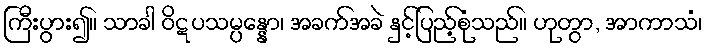
ကြီးပွား၍။ သာခါ ဝိဋပသမ္ပန္နော၊ အခက်အခဲ နှင့်ပြည့်စုံသည်။ ဟုတွာ, အာကာသံ၊